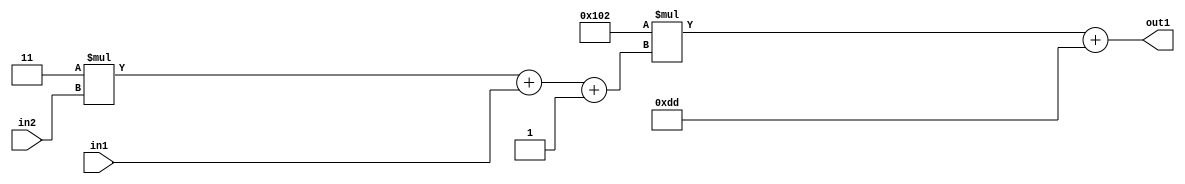
`timescale 1ps / 1ps
/*****************************************************************************
    Verilog RTL Description
    
    
    Created by: Stratus DpOpt 2019.1.01 
*******************************************************************************/

module DC_Filter_Add2i221Mul2i258Add3i1u1Mul2i3u2_1 (
	in2,
	in1,
	out1
	); /* architecture "behavioural" */ 
input [1:0] in2;
input  in1;
output [11:0] out1;
wire [11:0] asc001;
wire [3:0] asc002;

wire [3:0] asc002_tmp_0;
wire [3:0] asc002_tmp_1;
assign asc002_tmp_1 = 
	+(4'B0011 * in2);
assign asc002_tmp_0 = asc002_tmp_1
	+(in1);
assign asc002 = asc002_tmp_0
	+(4'B0001);

wire [11:0] asc001_tmp_2;
assign asc001_tmp_2 = 
	+(12'B000100000010 * asc002);
assign asc001 = asc001_tmp_2
	+(12'B000011011101);

assign out1 = asc001;
endmodule

/* CADENCE  vrTwTgw= : u9/ySgnWtBlWxVPRXgAZ4Og= ** DO NOT EDIT THIS LINE ******/